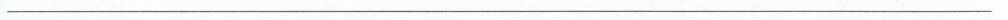
___